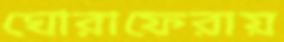
ঘোরাফেরায়